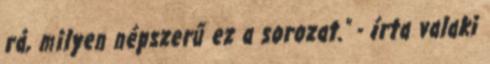
rá, milyen népszerű ez a sorozat." - írta valaki